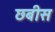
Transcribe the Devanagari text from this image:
छबीस